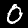
Label: 0